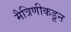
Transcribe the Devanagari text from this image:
मैत्रिणीकडून